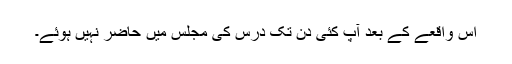
اس واقعے کے بعد آپ کئی دن تک درس کی مجلس میں حاضر نہیں ہوئے۔